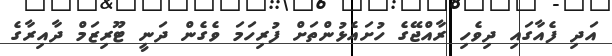
އަދި ފެއާގައި ދިވެހި ރާއްޖޭގެ ހުށައެޅުންތަށް ފުރިހަމަ ވެގެން ދަނީ ޓޫރިޒަމް ދާއިރާގެ